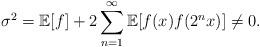
LaTeX: \begin{align*}\sigma^2=\mathbb{E}[f]+2\sum_{n=1}^{\infty}\mathbb{E}[f(x)f(2^nx)]\neq 0.\end{align*}